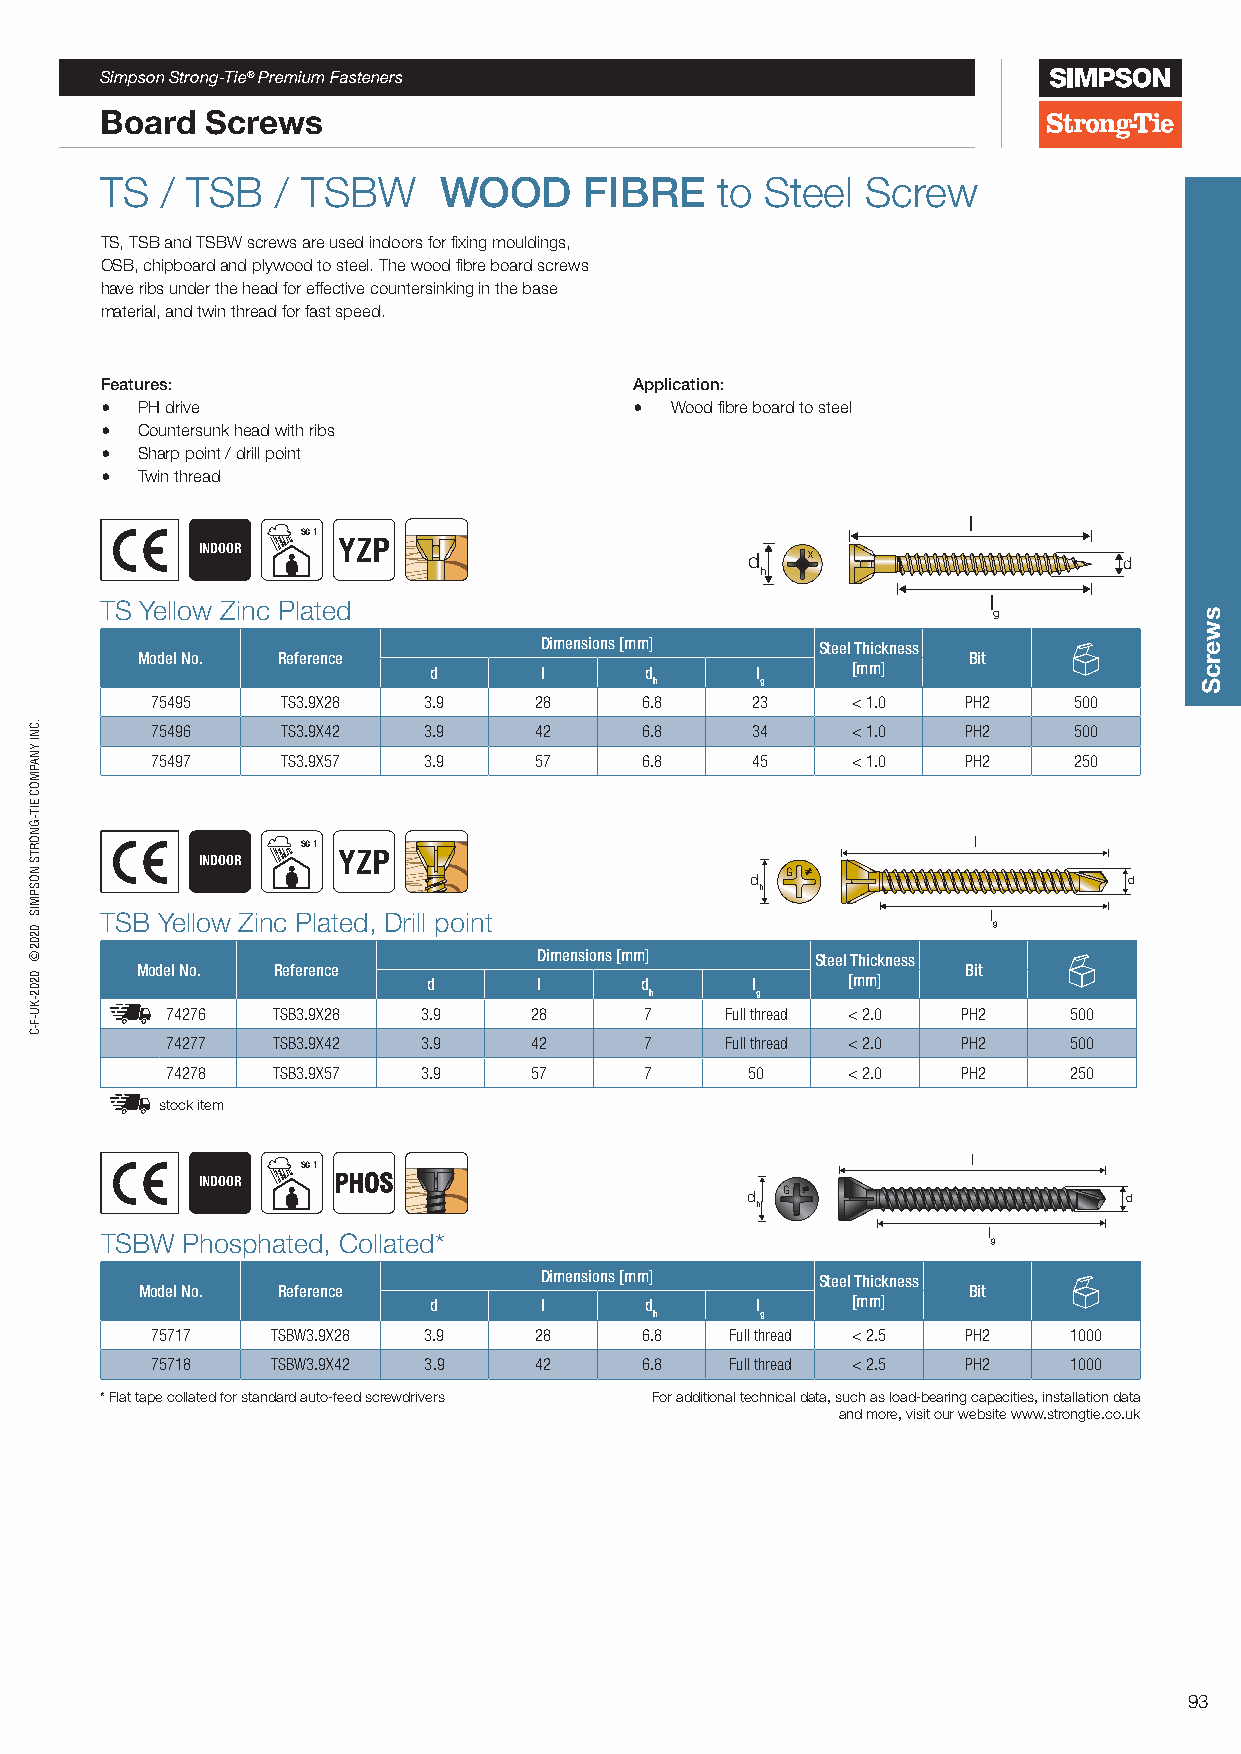
Simpson Strong-Tie® Premium Fasteners
 Board  Screws
 TS  / TSB  / TSBW     WOOD      FIBRE   to  Steel Screw
 TS, TSB and TSBW screws are used indoors for fixing mouldings,
 OSB, chipboard and plywood to steel. The wood fibre board screws
 have ribs under the head for effective countersinking in the base
 material, and twin thread for fast speed.
 Features:                          Application:
 • PH drive                         • Wood fibre board to steel
 • Countersunk head with ribs
 • Sharp point / drill point
 • Twin thread
 l
 SC 1
 INDOOR   YZP
 d  X                    d
 h
 TS Yellow Zinc Plated                                     l
 g
 Dimensions [mm]   Steel Thickness
 Model No. Reference                                    Bit
 d       l      d      l     [mm]
 h      g
 75495    TS3.9X28 3.9    28     6.8     23    < 1.0   PH2    500
 75496    TS3.9X42 3.9    42     6.8     34    < 1.0   PH2    500
 75497    TS3.9X57 3.9    57     6.8     45    < 1.0   PH2    250
 SC 1                                        l
 INDOOR   YZP
 d G                      d
 h
 TSB Yellow Zinc Plated, Drill point                        l
 g
 Dimensions [mm]   Steel Thickness
 Model No. Reference                                    Bit
 d       l     d       l     [mm]
 h      g
 74276  TSB3.9X28 3.9    28      7    Full thread < 2.0 PH2  500
 74277  TSB3.9X42 3.9    42      7    Full thread < 2.0 PH2  500
 74278  TSB3.9X57 3.9    57      7      50    < 2.0   PH2    250
 stock item
 l
 SC 1
 INDOOR   PHOS
 d  G                     d
 h
 TSBW Phosphated, Collated*                                l g
 Dimensions [mm]   Steel Thickness
 Model No. Reference                                    Bit
 d       l      d      l     [mm]
 h      g
 75717   TSBW3.9X28 3.9   28     6.8   Full thread < 2.5 PH2  1000
 75718   TSBW3.9X42 3.9   42     6.8   Full thread < 2.5 PH2  1000
 * Flat tape collated for standard auto-feed screwdrivers For additional technical data, such as load-bearing capacities, installation data
 and more, visit our website www.strongtie.co.uk
 93
 .CNI
 YNAPMOC
 EIT-GNORTS
 NOSPMIS
 0202©
 0202-KU-F-C
 G
 X
 G
 GG
 X
 swercS